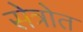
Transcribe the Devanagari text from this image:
सेत्रोत